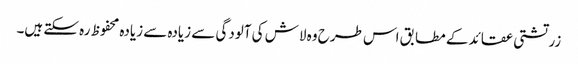
زرتشتی عقائد کے مطابق اس طرح وہ لاش کی آلودگی سے زیادہ سے زیادہ محفوظ رہ سکتے ہیں۔